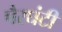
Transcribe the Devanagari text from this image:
पैरघंटी